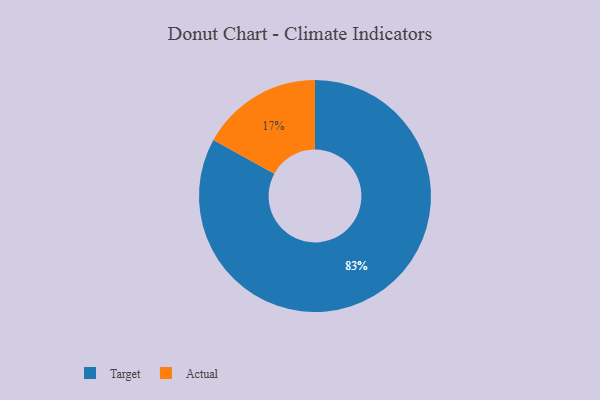
{"axis": {"x": "Category", "y": "Percentage"}, "legend": ["Actual", "Target"], "data": [{"x": "Target", "y": 83, "type": "Target"}, {"x": "Actual", "y": 17, "type": "Actual"}]}